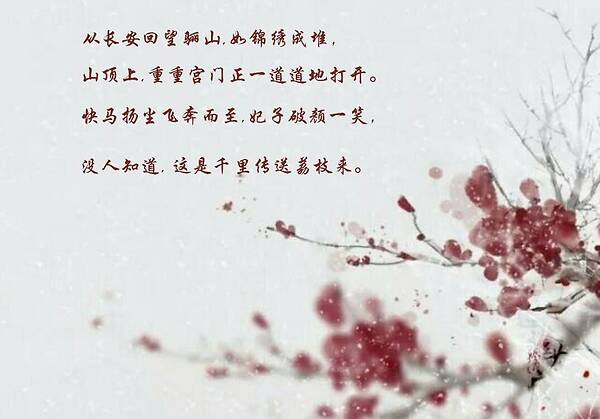
长安回望绣成堆，山顶千门次第开。